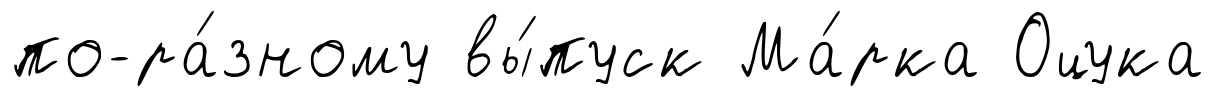
по-ра́зному вы́пуск Ма́рка Оцука